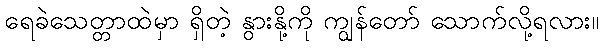
ရေခဲသေတ္တာထဲမှာ ရှိတဲ့ နွားနို့ကို ကျွန်တော် သောက်လို့ရလား။